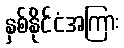
နှစ်နိုင်ငံအကြား